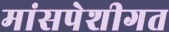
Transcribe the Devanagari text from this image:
मांसपेशीगत